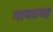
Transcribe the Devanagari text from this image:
गाया।यह